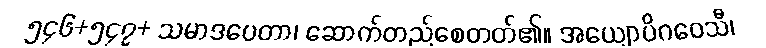
၅၄၆+၅၄၇+ သမာဒပေတာ၊ ဆောက်တည်စေတတ်၏။ အယျောပိဂဝေသီ၊